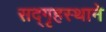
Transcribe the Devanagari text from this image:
सद्‌गृहस्थाने